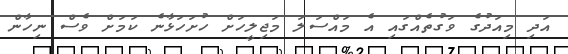
އަދި މިއަދުގެ ވަގުތެއްގައި އެ މައްސަލަ މަޖިލީހަށް ހުށަހަޅާނެ ކަމަށް ވެސް ނިހާން